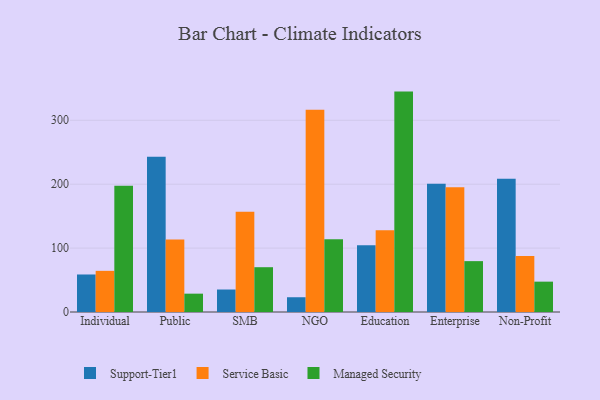
{"axis": {"x": "Segment", "y": "Demand Index"}, "legend": ["Managed Security", "Service Basic", "Support-Tier1"], "data": [{"x": "Individual", "y": 58.7, "type": "Support-Tier1"}, {"x": "Individual", "y": 64.4, "type": "Service Basic"}, {"x": "Individual", "y": 197.6, "type": "Managed Security"}, {"x": "Public", "y": 243.1, "type": "Support-Tier1"}, {"x": "Public", "y": 113.5, "type": "Service Basic"}, {"x": "Public", "y": 28.7, "type": "Managed Security"}, {"x": "SMB", "y": 35.2, "type": "Support-Tier1"}, {"x": "SMB", "y": 157.0, "type": "Service Basic"}, {"x": "SMB", "y": 70.1, "type": "Managed Security"}, {"x": "NGO", "y": 23.1, "type": "Support-Tier1"}, {"x": "NGO", "y": 316.4, "type": "Service Basic"}, {"x": "NGO", "y": 113.9, "type": "Managed Security"}, {"x": "Education", "y": 104.3, "type": "Support-Tier1"}, {"x": "Education", "y": 127.8, "type": "Service Basic"}, {"x": "Education", "y": 344.9, "type": "Managed Security"}, {"x": "Enterprise", "y": 200.6, "type": "Support-Tier1"}, {"x": "Enterprise", "y": 195.4, "type": "Service Basic"}, {"x": "Enterprise", "y": 79.6, "type": "Managed Security"}, {"x": "Non-Profit", "y": 208.6, "type": "Support-Tier1"}, {"x": "Non-Profit", "y": 87.8, "type": "Service Basic"}, {"x": "Non-Profit", "y": 47.5, "type": "Managed Security"}]}